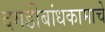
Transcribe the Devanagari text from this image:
दगडीबांधकामाचे